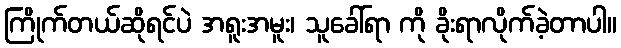
ကြိုက်တယ်ဆိုရင်ပဲ အရူးအမူး၊ သူခေါ်ရာ ကို ခိုးရာလိုက်ခဲ့တာပါ။